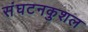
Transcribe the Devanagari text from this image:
संघटनकुशल